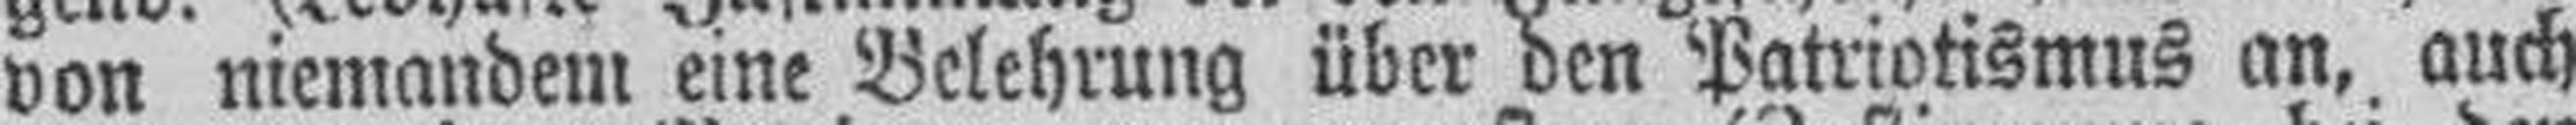
von niemandem eine Belehrung über den Patriotismus an, auch